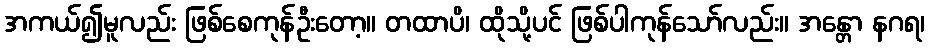
အကယ်၍မူလည်း ဖြစ်စေကုန်ဦးတော့။ တထာပိ၊ ထိုသို့ပင် ဖြစ်ပါကုန်သော်လည်း။ အန္တော နဂရ၊